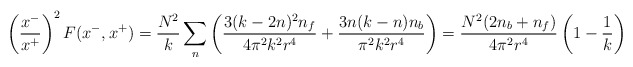
\begin{align*}\left({x^- \over x^+ }\right)^2 F(x^-,x^+) ={N^2 \over k} \sum_n \left( {3 (k-2 n)^2 n_f \over 4 \pi^2 k^2 r^4}+ {3 n (k-n) n_b \over \pi^2 k^2 r^4}\right) = {N^2(2 n_b + n_f) \over 4\pi^2 r^4}\left(1 - {1 \over k}\right)\end{align*}